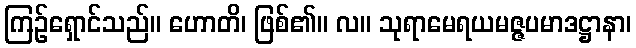
ကြဉ်ရှောင်သည်။ ဟောတိ၊ ဖြစ်၏။ လ။ သုရာမေရယမဇ္ဇပမာဒဋ္ဌာနာ၊